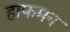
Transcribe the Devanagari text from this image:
हाफमन